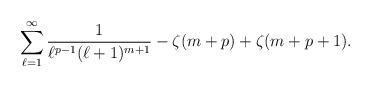
LaTeX: \begin{align*}\sum_{\ell=1}^{\infty}\frac{1}{\ell^{p-1}(\ell+1)^{m+1}}-\zeta(m+p)+\zeta(m+p+1).\end{align*}